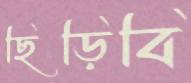
ছিঁড়িবি